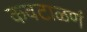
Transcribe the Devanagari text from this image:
कवटाळणं